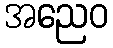
အညေဝ